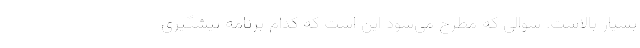
بسیار بالاست. سوالی که مطرح می‌شود این است که کدام برنامه پیشگیری